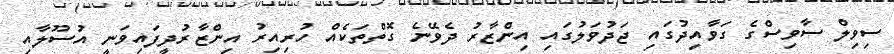
ސިވިލް ސާވިސްގެ ގަވާއިދުގައި ޖަދުވަލުގައި އިންޒާރު ދެވޭނެ ގޮތްތަކެއް ހުރިއިރު އިންޒާރުދީފައިވަނީ އުސޫލާއި